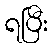
ရပြီး